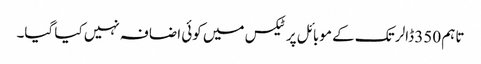
تاہم 350 ڈالر تک کے موبائل پر ٹیکس میں کوئی اضافہ نہیں کیا گیا۔